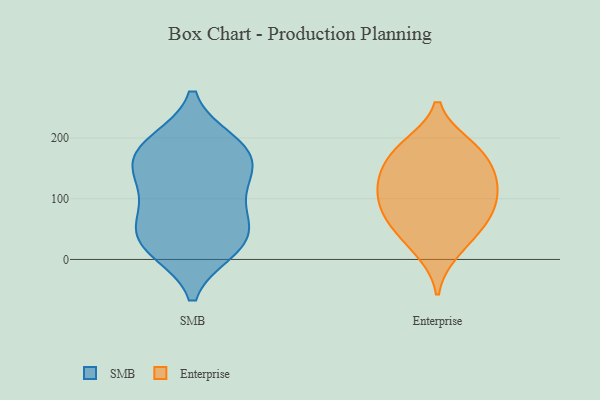
{"axis": {"x": "Population (Million)", "y": "Value"}, "legend": ["Enterprise", "SMB"], "data": [{"x": "", "y": 136, "type": "SMB"}, {"x": "", "y": 19, "type": "SMB"}, {"x": "", "y": 165, "type": "SMB"}, {"x": "", "y": 157, "type": "SMB"}, {"x": "", "y": 191, "type": "SMB"}, {"x": "", "y": 114, "type": "SMB"}, {"x": "", "y": 67, "type": "SMB"}, {"x": "", "y": 77, "type": "SMB"}, {"x": "", "y": 38, "type": "SMB"}, {"x": "", "y": 58, "type": "SMB"}, {"x": "", "y": 188, "type": "SMB"}, {"x": "", "y": 141, "type": "SMB"}, {"x": "", "y": 19, "type": "SMB"}, {"x": "", "y": 15, "type": "SMB"}, {"x": "", "y": 194, "type": "SMB"}, {"x": "", "y": 60, "type": "Enterprise"}, {"x": "", "y": 147, "type": "Enterprise"}, {"x": "", "y": 76, "type": "Enterprise"}, {"x": "", "y": 38, "type": "Enterprise"}, {"x": "", "y": 117, "type": "Enterprise"}, {"x": "", "y": 188, "type": "Enterprise"}, {"x": "", "y": 96, "type": "Enterprise"}, {"x": "", "y": 173, "type": "Enterprise"}, {"x": "", "y": 131, "type": "Enterprise"}, {"x": "", "y": 128, "type": "Enterprise"}, {"x": "", "y": 78, "type": "Enterprise"}, {"x": "", "y": 13, "type": "Enterprise"}, {"x": "", "y": 185, "type": "Enterprise"}]}